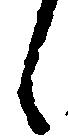
々